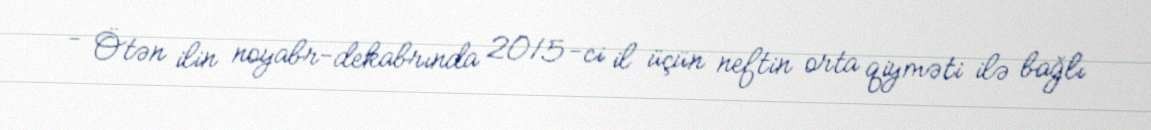
- Ötən ilin noyabr-dekabrında 2015-ci il üçün neftin orta qiyməti ilə bağlı